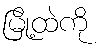
မြို့ထဲကို